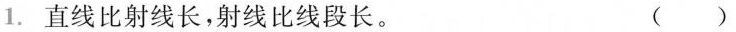
1. 直线比射线长，射线比线段长。 ( )